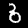
Digit: 6